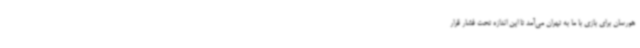
هورسان برای بازی با ما به تهران می‌آمد تا این اندازه تحت فشار قرار